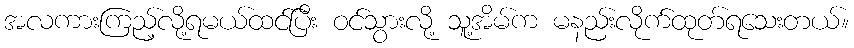
အလကားကြည့်လို့ရမယ်ထင်ပြီး ဝင်သွားလို့ သူ့အိမ်က မနည်းလိုက်ထုတ်ရသေးတယ်။